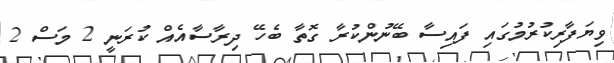
ވިޔަފާރިކުރުމުގައި ފައިސާ ބޭނުންކުރާ ގޮތާ ބެހޭ ދިރާސާއެއް ކުރަނީ 2 މަސް 2